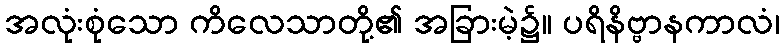
အလုံးစုံသော ကိလေသာတို့၏ အခြားမဲ့၌။ ပရိနိဗ္ဗာနကာလံ၊